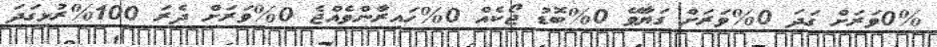
0%ވަރަށް ގަދަ 0%ވަރަށް ގަޔާވޭ 0%ބޮޑު ޖޯކެއް 0%ހައިރާންވެއްޖެ 0%ވަރަށް ދެރަ 100%ރުޅިގަދަ